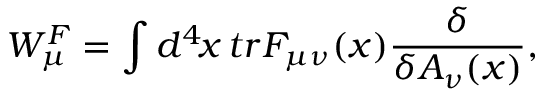
W _ { \mu } ^ { F } = \int d ^ { 4 } \! x \, t r F _ { \mu \nu } ( x ) { \frac { \delta } { \delta A _ { \nu } ( x ) } } ,